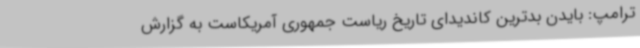
ترامپ: بایدن بدترین کاندیدای تاریخ ریاست جمهوری آمریکاست به گزارش